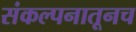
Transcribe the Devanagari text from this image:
संकल्पनातूनच